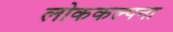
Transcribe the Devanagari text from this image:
लोककल्पना